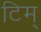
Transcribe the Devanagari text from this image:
टिम्